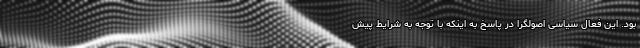
بود. این فعال سیاسی اصولگرا در پاسخ به اینکه با توجه به شرایط پیش